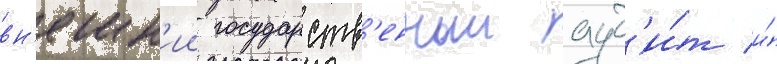
вн'ешн'ии государств'енныи ауд'и́т и́